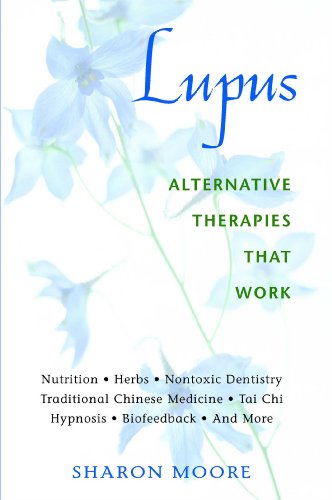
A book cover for Lupus: Alternative Therapies That Work; Sharon Moore; Health, Fitness & Dieting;